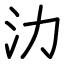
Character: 氻